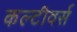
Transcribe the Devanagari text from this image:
कल्टीवर्स